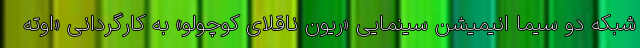
شبکه دو سیما انیمیشن سینمایی «ریون ناقلای کوچولو» به کارگردانی «اوته